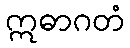
ဣဓာဂတံ